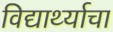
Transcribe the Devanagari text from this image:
विद्यार्थ्याचा